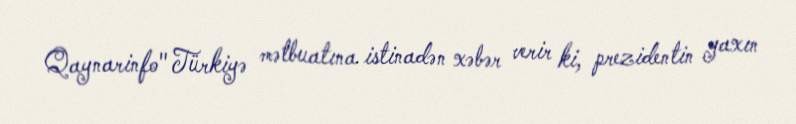
Qaynarinfo" Türkiyə mətbuatına istinadən xəbər verir ki, prezidentin yaxın